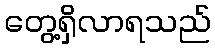
တွေ့ရှိလာရသည်